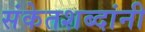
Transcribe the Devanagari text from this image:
संकेतशब्दांनी